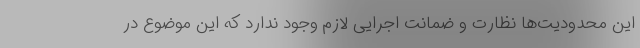
این محدودیت‌ها نظارت و ضمانت اجرایی لازم وجود ندارد که این موضوع در